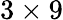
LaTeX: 3\times 9